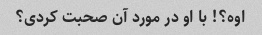
اوه؟! با او در مورد آن صحبت کردی؟